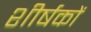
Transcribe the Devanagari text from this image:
शीर्षकाें